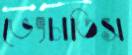
ভেংচাতিস